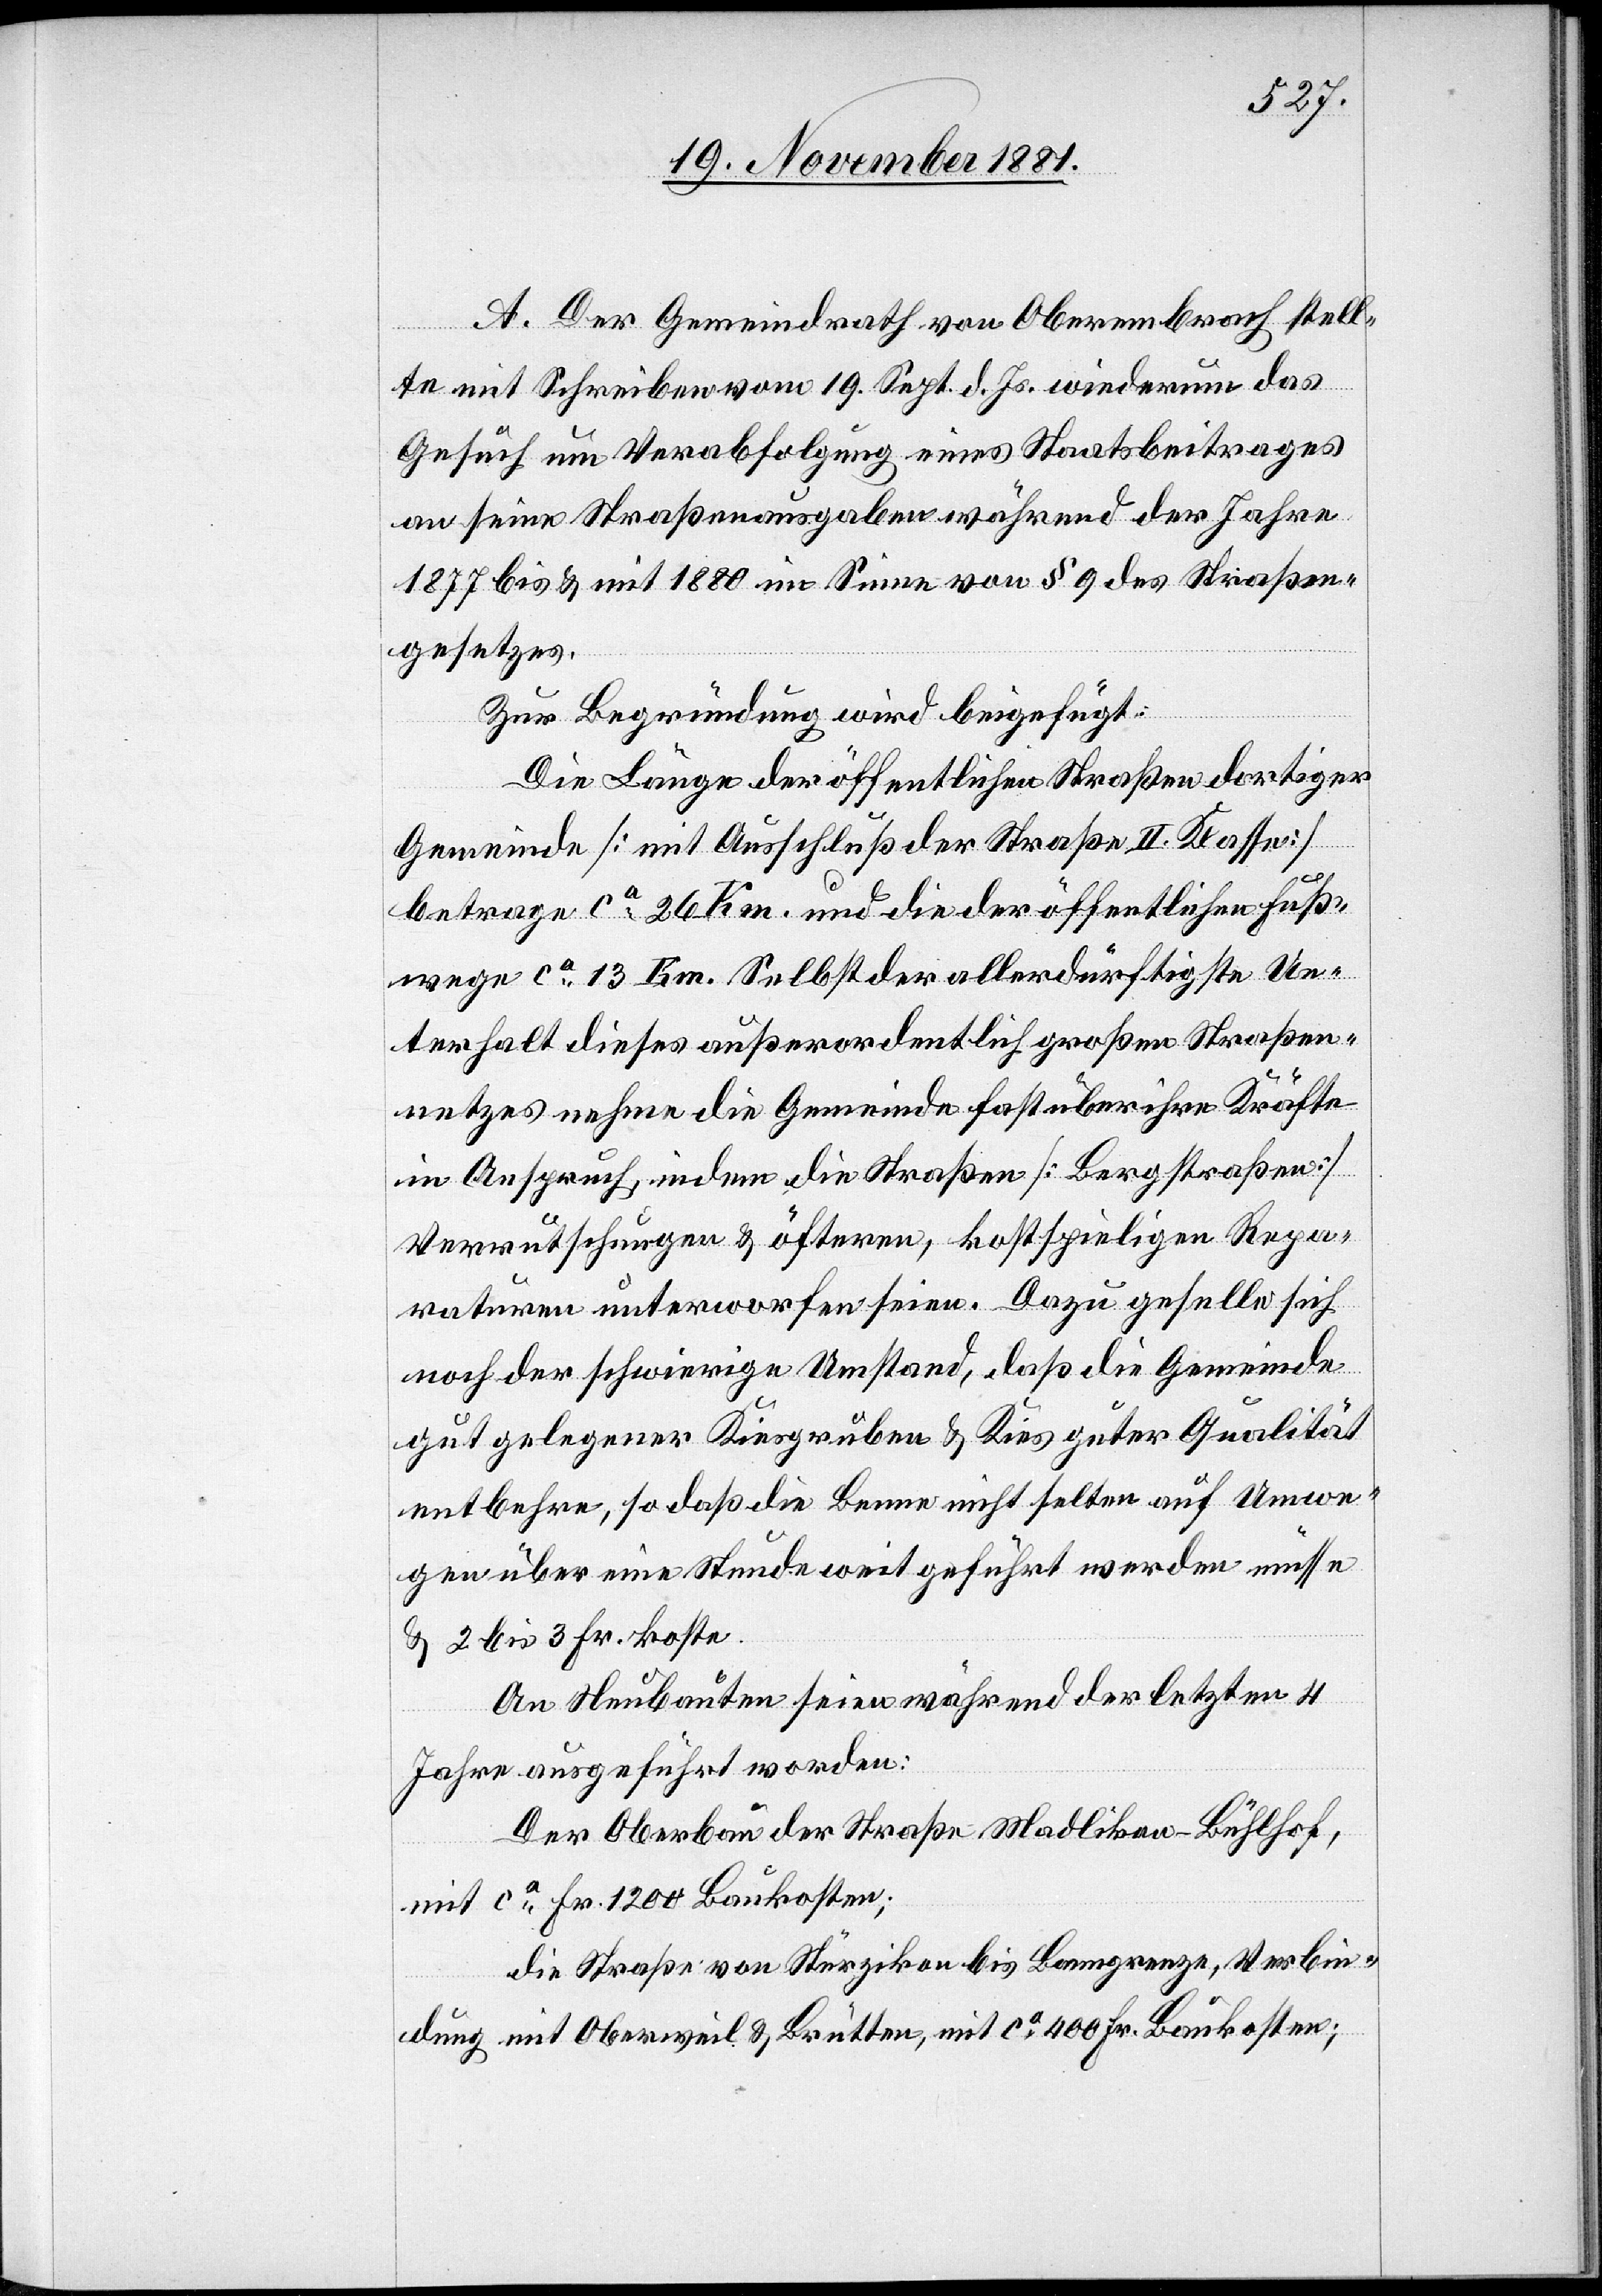
A. Der Gemeindrath von Oberembrach stell¬
te mit Schreiben vom 19. Sept. d. Js. wiederum das
Gesuch um Verabfolgung eines Staatsbeitrages
an seine Straßenausgaben während der Jahre
1877 bis & mit 1880 im Sinne von § 9 des Straßen¬
gesetzes.
Zur Begründung wird beigefügt:
Die Länge der öffentlichen Straßen dortiger
Gemeinde [mit Ausschluß der Straßen II. Klasse]
betrage ca 26 Km. und die der öffentlichen Fuß¬
wege ca 13 Km. Selbst der allerdürftigste Un¬
terhalt dieses außerordentlich großen Straßen¬
netzes nehme die Gemeinde fast über ihre Kräfte
in Anspruch, indem die Straßen [Bergstraßen]
Verrutschungen & öfteren, kostspieligen Repa¬
raturen unterworfen seien. Dazu geselle sich
noch der schwierige Umstand, daß die Gemeinde
gut gelegener Kiesgruben & Kies guter Qualität
entbehre, so daß die Benne nicht selten auf Umwe¬
gen über eine Stunde weit geführt werden müsse
& 2 bis 3 Fr. koste.
An Neubauten seien während der letzten 4
Jahre ausgeführt worden:
Der Oberbau der Straße Madlikon–Bühlhof,
mit ca Fr. 1200 Baukosten;
die Straße von Stürzikon bis Banngrenze, Verbin¬
dung mit Oberweil & Brütten, mit ca 400 Fr. Baukosten;